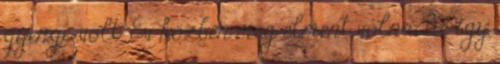
gyenge volt. Év közben még elment volna, de így